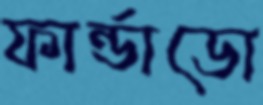
ফার্ন্ডাডো